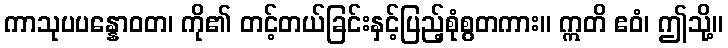
ကာသုပပန္နောဝတ၊ ကို၏ တင့်တယ်ခြင်းနှင့်ပြည့်စုံစွတကား။ ဣတိ ဧဝံ၊ ဤသို့။